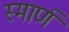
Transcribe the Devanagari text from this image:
स्मार्ण